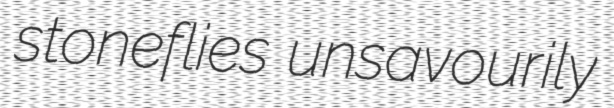
stoneflies unsavourily